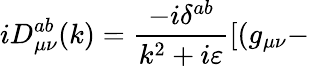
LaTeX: iD_{\mu\nu}^{ab}(k)=\frac{-i\delta^{ab}}{k^{2}+i\varepsilon}[(g_{\mu\nu}-